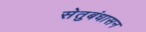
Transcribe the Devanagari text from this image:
सेतुबंधासन